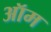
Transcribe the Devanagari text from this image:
ऑम